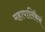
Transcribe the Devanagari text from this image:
महापालिकेनं